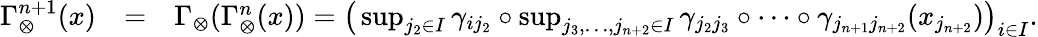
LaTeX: \begin{array}{rlr}{\Gamma_{\otimes}^{n+1}(x)}&{=}&{\Gamma_{\otimes}(\Gamma_{\otimes}^{n}(x))=\big(\operatorname*{sup}_{j_{2}\in I}\gamma_{ij_{2}}\circ\operatorname*{sup}_{j_{3},\ldots,j_{n+2}\in I}\gamma_{j_{2}j_{3}}\circ\cdots\circ\gamma_{j_{n+1}j_{n+2}}(x_{j_{n+2}})\big)_{i\in I}.}\end{array}